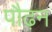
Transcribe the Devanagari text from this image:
पौढ़न